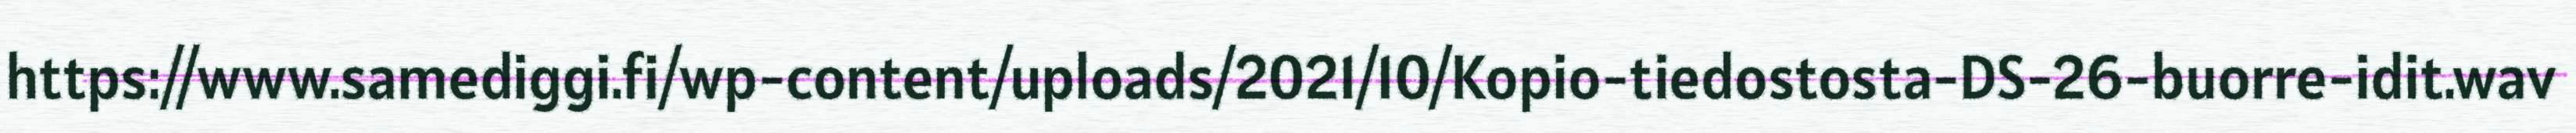
https://www.samediggi.fi/wp-content/uploads/2021/10/Kopio-tiedostosta-DS-26-buorre-idit.wav